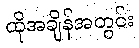
ထိုအချိန်အတွင်း